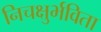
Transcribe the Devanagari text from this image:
निचक्षुर्भविता